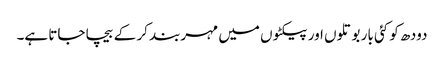
دودھ کو کئی بار بوتلوں اور پیکٹوں میں مہربند کر کے بیچا جاتا ہے۔